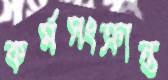
কর্মসংক্রান্ত